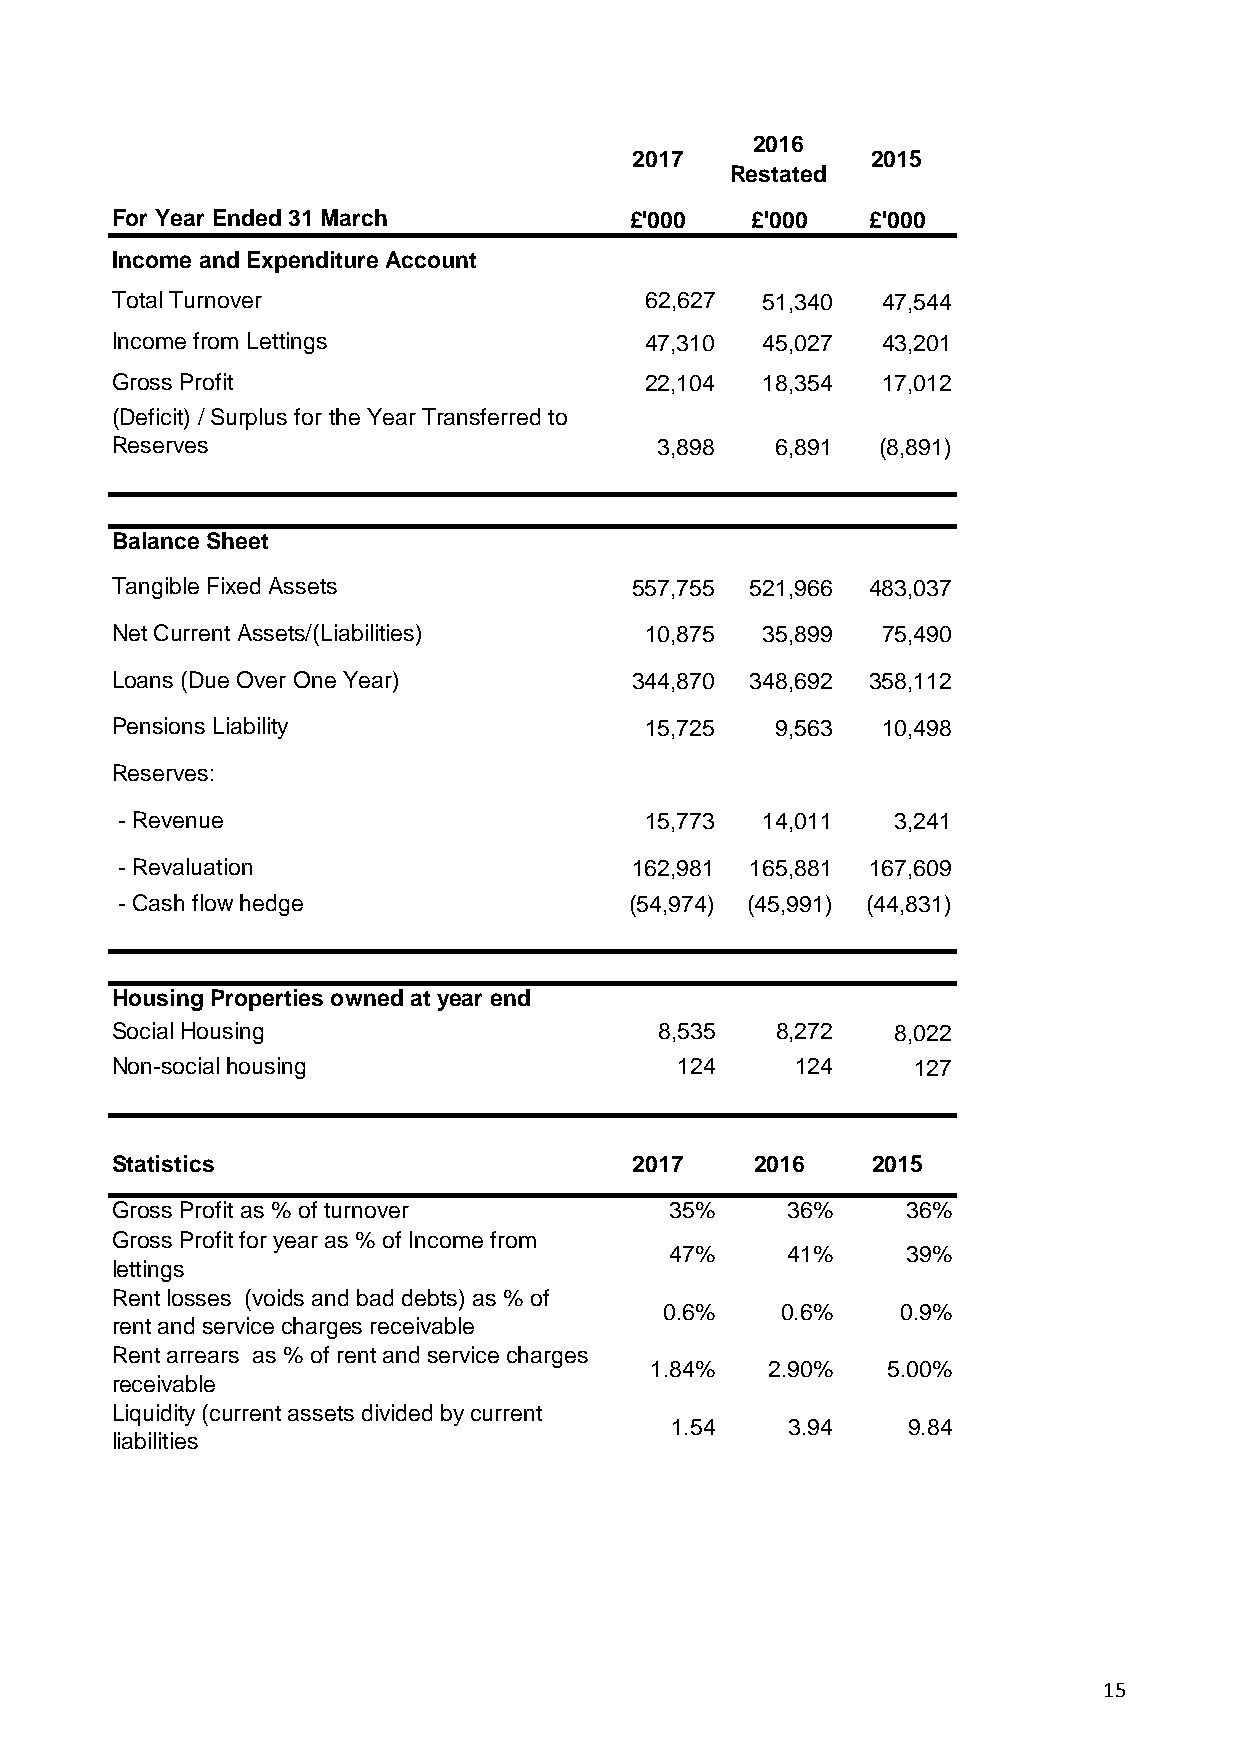
2016
 2017            2015
 Restated
 For Year Ended 31 March            £'000   £'000  £'000
 Income and Expenditure Account
 Total Turnover                      62,627 51,340  47,544
 Income from Lettings                47,310 45,027  43,201
 Gross Profit                        22,104 18,354  17,012
 (Deficit) / Surplus for the Year Transferred to
 Reserves                            3,898   6,891  (8,891)
 Balance Sheet
 Tangible Fixed Assets              557,755 521,966 483,037
 Net Current Assets/(Liabilities)    10,875 35,899  75,490
 Loans (Due Over One Year)          344,870 348,692 358,112
 Pensions Liability                  15,725  9,563  10,498
 Reserves:
 - Revenue                          15,773 14,011   3,241
 - Revaluation                     162,981 165,881 167,609
 - Cash flow hedge                 (54,974) (45,991) (44,831)
 Housing Properties owned at year end
 Social Housing                       8,535  8,272   8,022
 Non-social housing                    124     124    127
 Statistics                         2017    2016    2015
 Gross Profit as % of turnover        35%     36%     36%
 Gross Profit for year as % of Income from
 47%     41%     39%
 lettings
 Rent losses (voids and bad debts) as % of
 0.6%    0.6%    0.9%
 rent and service charges receivable
 Rent arrears as % of rent and service charges
 1.84%   2.90%   5.00%
 receivable
 Liquidity (current assets divided by current
 1.54    3.94    9.84
 liabilities
 15